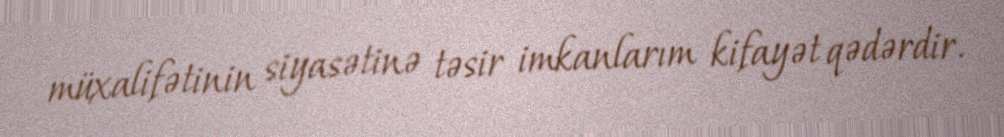
müxalifətinin siyasətinə təsir imkanlarım kifayət qədərdir.